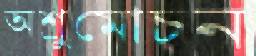
অশ্রুমোচন